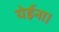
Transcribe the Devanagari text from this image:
येईना।